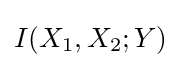
I(X_{1},X_{2};Y)